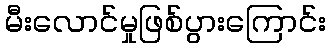
မီးလောင်မှုဖြစ်ပွားကြောင်း